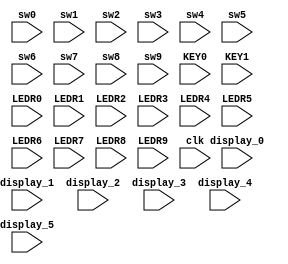
module PinPlanner(
	
	//Switches
	input sw0, sw1, sw2, sw3, sw4, sw5, sw6, sw7, sw8, sw9,
	
	//Push_button
	input KEY0, KEY1,
	
	//Displays
	input[7:0] display_0, display_1, display_2, display_3, display_4, display_5,
	
	//LEDs
	input LEDR0, LEDR1, LEDR2, LEDR3, LEDR4, LEDR5, LEDR6, LEDR7, LEDR8, LEDR9,
	
	//miscelaneo
	input clk
	
);

endmodule